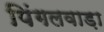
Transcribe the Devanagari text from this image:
पिंगलवाड़ा